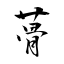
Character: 蓇